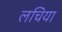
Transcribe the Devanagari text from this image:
लचिया